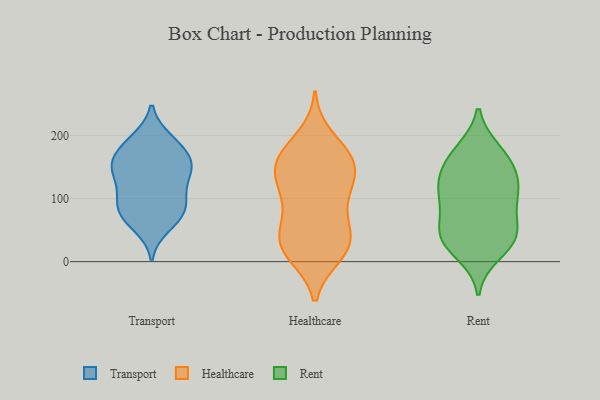
{"axis": {"x": "Population (Million)", "y": "Value"}, "legend": ["Healthcare", "Rent", "Transport"], "data": [{"x": "", "y": 132, "type": "Transport"}, {"x": "", "y": 188, "type": "Transport"}, {"x": "", "y": 143, "type": "Transport"}, {"x": "", "y": 157, "type": "Transport"}, {"x": "", "y": 157, "type": "Transport"}, {"x": "", "y": 105, "type": "Transport"}, {"x": "", "y": 155, "type": "Transport"}, {"x": "", "y": 73, "type": "Transport"}, {"x": "", "y": 182, "type": "Transport"}, {"x": "", "y": 75, "type": "Transport"}, {"x": "", "y": 147, "type": "Transport"}, {"x": "", "y": 193, "type": "Transport"}, {"x": "", "y": 106, "type": "Transport"}, {"x": "", "y": 91, "type": "Transport"}, {"x": "", "y": 77, "type": "Transport"}, {"x": "", "y": 57, "type": "Transport"}, {"x": "", "y": 13, "type": "Healthcare"}, {"x": "", "y": 58, "type": "Healthcare"}, {"x": "", "y": 27, "type": "Healthcare"}, {"x": "", "y": 166, "type": "Healthcare"}, {"x": "", "y": 160, "type": "Healthcare"}, {"x": "", "y": 117, "type": "Healthcare"}, {"x": "", "y": 109, "type": "Healthcare"}, {"x": "", "y": 170, "type": "Healthcare"}, {"x": "", "y": 15, "type": "Healthcare"}, {"x": "", "y": 197, "type": "Healthcare"}, {"x": "", "y": 129, "type": "Healthcare"}, {"x": "", "y": 33, "type": "Healthcare"}, {"x": "", "y": 114, "type": "Healthcare"}, {"x": "", "y": 82, "type": "Healthcare"}, {"x": "", "y": 161, "type": "Healthcare"}, {"x": "", "y": 143, "type": "Healthcare"}, {"x": "", "y": 47, "type": "Healthcare"}, {"x": "", "y": 11, "type": "Healthcare"}, {"x": "", "y": 160, "type": "Healthcare"}, {"x": "", "y": 41, "type": "Healthcare"}, {"x": "", "y": 13, "type": "Rent"}, {"x": "", "y": 47, "type": "Rent"}, {"x": "", "y": 172, "type": "Rent"}, {"x": "", "y": 40, "type": "Rent"}, {"x": "", "y": 39, "type": "Rent"}, {"x": "", "y": 122, "type": "Rent"}, {"x": "", "y": 35, "type": "Rent"}, {"x": "", "y": 39, "type": "Rent"}, {"x": "", "y": 95, "type": "Rent"}, {"x": "", "y": 161, "type": "Rent"}, {"x": "", "y": 115, "type": "Rent"}, {"x": "", "y": 176, "type": "Rent"}, {"x": "", "y": 99, "type": "Rent"}, {"x": "", "y": 138, "type": "Rent"}, {"x": "", "y": 137, "type": "Rent"}, {"x": "", "y": 83, "type": "Rent"}]}